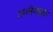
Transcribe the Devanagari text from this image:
अलेक्क्षा